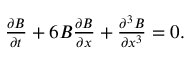
\begin{array} { r } { \frac { \partial B } { \partial t } + 6 B \frac { \partial B } { \partial x } + \frac { \partial ^ { 3 } B } { \partial x ^ { 3 } } = 0 . } \end{array}